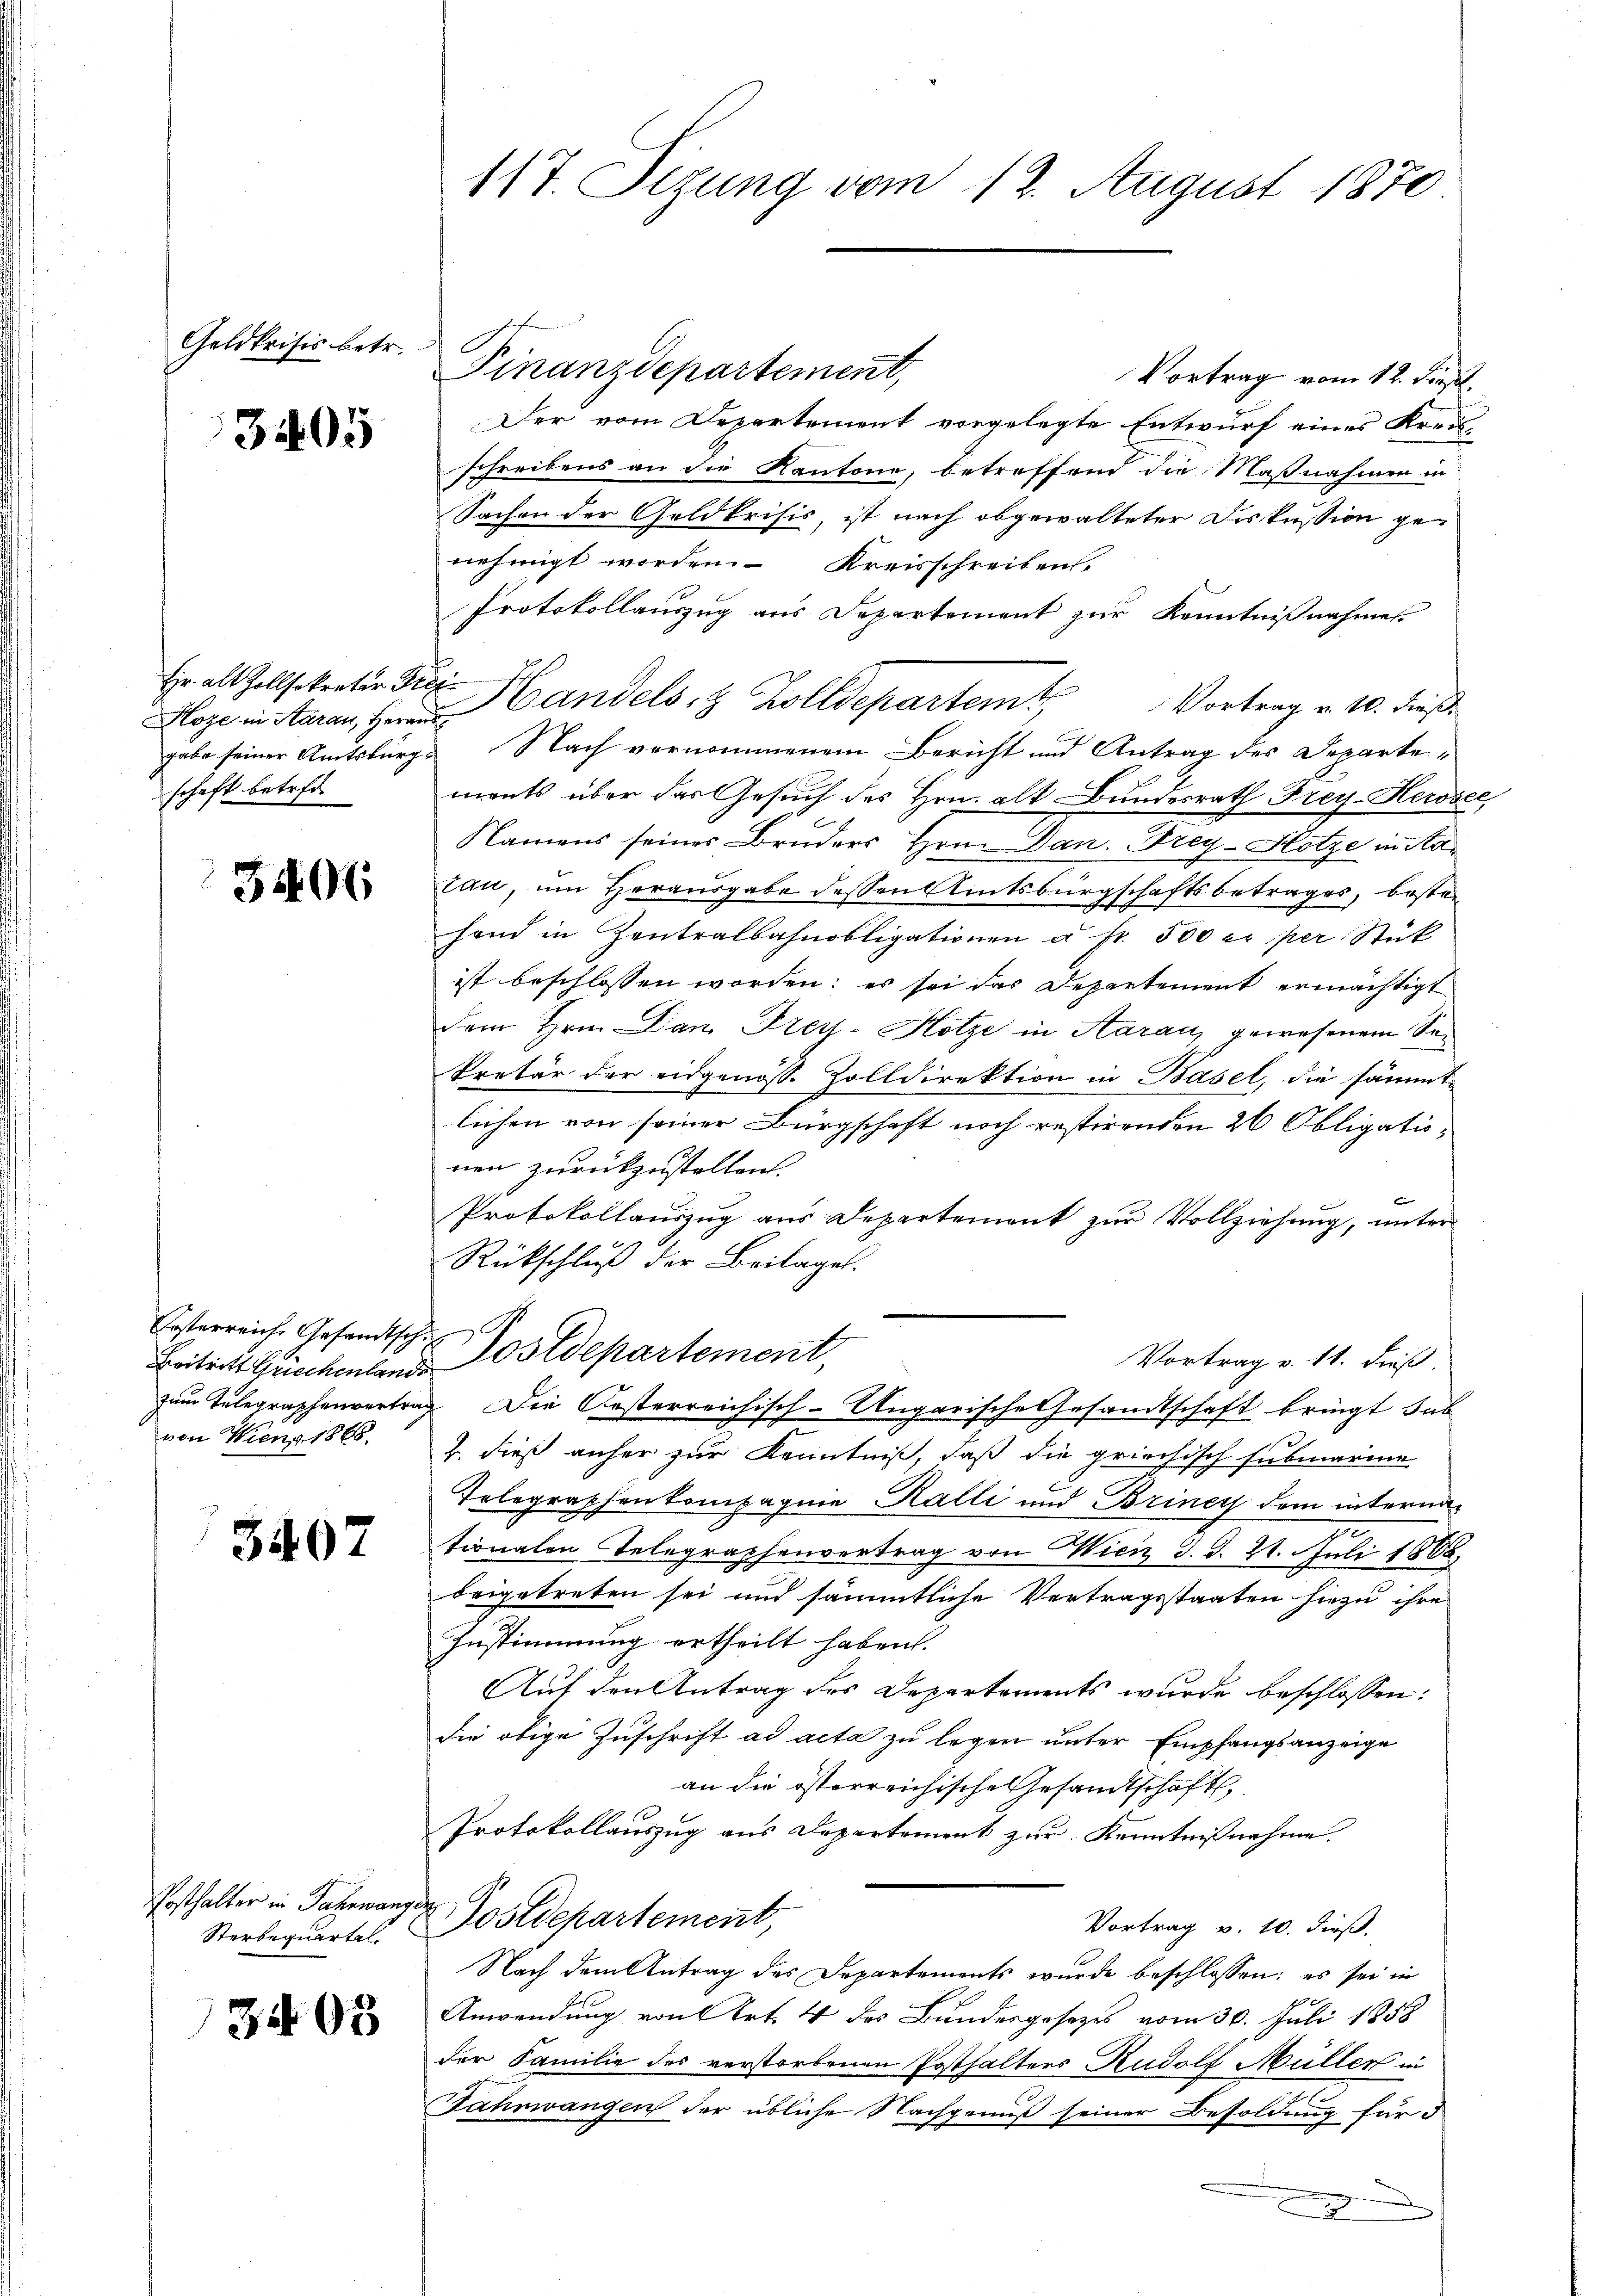
Geldkrisis betr.

3405

Hoze in Aarau, Heraus
schaft betref¬

3406

Boitritt Griechenlands
von Wieng 1865.

5407

Posthalter in Jahrwangen
Sterbequartes.

3403

117. Sizung vom 12. August 1870

Finanzdepartement,
Vortrag vom 12. dies
Der vom Departement vorgelegte Entwurf eines Kreisschreibens an die Kantone, betreffend die Maßnahmen in
Sachen der Geldkrisis, ist nach obgewalteter Diskussion ge-
nehmigt worden. Kreisschreiben.
Protokollauszug aus Departement zur Kenntnißnahmes
Hr alt Zollsekreter Kies Handels 8 Zolldepartem Vortrag v. 10. dieß
gabe seiner Amtsbürg. Nach vernommenem Bericht und Antrag des Departements über das Gesuch des Hrn. alt Bundesrath Frey-Herosee,
Namens seines Bruders Hrn. Dan. Strey-Hotze in Natan, um Herausgabe dessen Amtsbürgschaftsbetrages, bestehand in Zentralbahnobligationen u. fr. 500 er per Stük
ist beschlossen worden; es sei das Departement ermächtigt
dem Hrn. Dan Frey-Hotze in Aarau, gewesenem Sekretär der eidgenoss. Zolldirektion in Basel, die sämmtlichen von seiner Bürgschaft noch restirenden 26 Obligationen zurückzustellen.
Protokollauszug aus Departement zur Vollziehung, unter
Rückschluß der Beilagen.
Kosterreiche Gesandtsche Postdepartement,
Vortrag v. 11. dieß.
zum Telegraphenvertrag Die Oesterreichisch-Ungarische Gesandtschaft bringt sub
2. dieß anher zur Kenntniß, daß die griechisch submarine
Telegraphen kompagnie Kalli und Briney dem interna¬
7.
tionalen Telegraphenvertrag von Wiciz d. d. 21. Juli 1868
beigetreten sei und sämmtliche Vertragsstaaten hiezu ihre
Zustimmung ertheilt haben.
Auf den Antrag des Departements wurde beschlossen:
die obige Zuschrift ad acta zu legen unter Empfangsanzeige
an die österreichische Gesandtschaft,
Protokollauszug aus Departement zur Kenntnißnahme.
Postdepartement,
Vortrag v. 10. dieß.
Nach dem Antrag des Departements wurde beschlossen: es sei in
Anwendung von Art. 4 des Bundesgesetzes vom 30. Juli 1858
der Familie des verstorbenen Posthalters Rudolf Müller in
Jahnwangen der übliche Nachgenuß seiner Besoldung für d
x